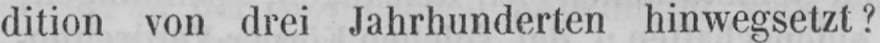
dition von drei Jahrhunderten hinwegsetzt?